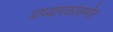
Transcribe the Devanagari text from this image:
प्राध्यापकांसमोर